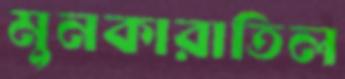
মুনকারাতিল